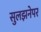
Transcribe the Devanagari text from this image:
सुलझनेपर